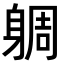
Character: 𨉜